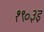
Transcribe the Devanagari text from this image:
१९०३इ